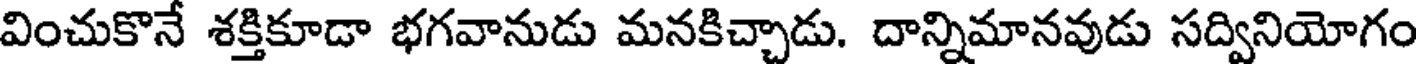
వించుకొనే శక్తికూడా భగవానుడు మనకిచ్చాడు. దాన్నిమానవుడు సద్వినియోగం